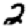
Digit: 2